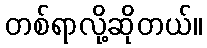
တစ်ရာလို့ဆိုတယ်။